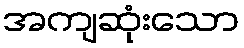
အကျဆုံးသော